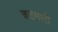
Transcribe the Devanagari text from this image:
कठमारी